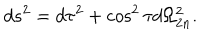
LaTeX: d s ^ { 2 } = d \tau ^ { 2 } + \cos ^ { 2 } \tau d \Omega _ { 2 n } ^ { 2 } .